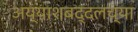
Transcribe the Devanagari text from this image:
अय्याशबद्दलच्या